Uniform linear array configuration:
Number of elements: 48
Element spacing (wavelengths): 0.25
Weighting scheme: blackman
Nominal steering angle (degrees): -45
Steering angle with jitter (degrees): -44.327
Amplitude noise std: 0.05
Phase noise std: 0.05

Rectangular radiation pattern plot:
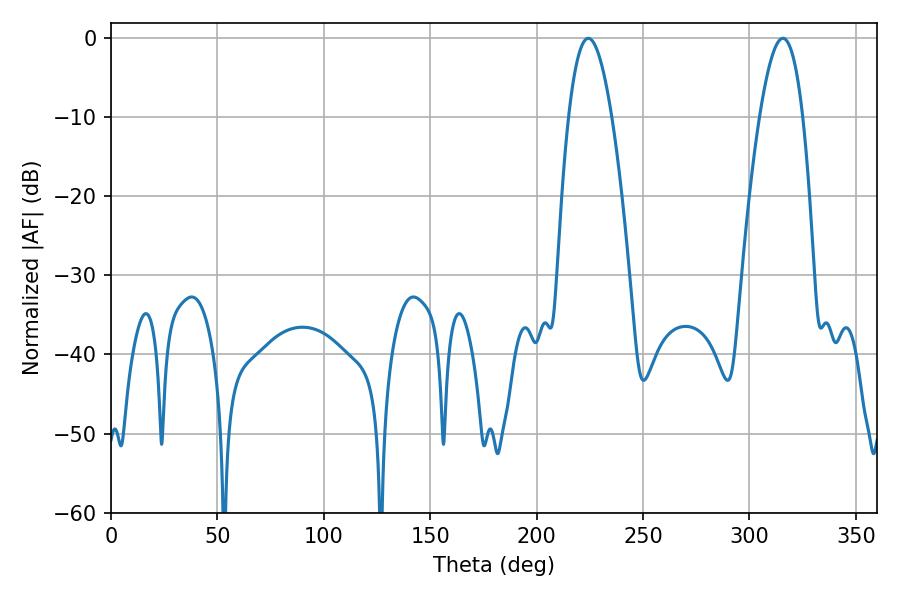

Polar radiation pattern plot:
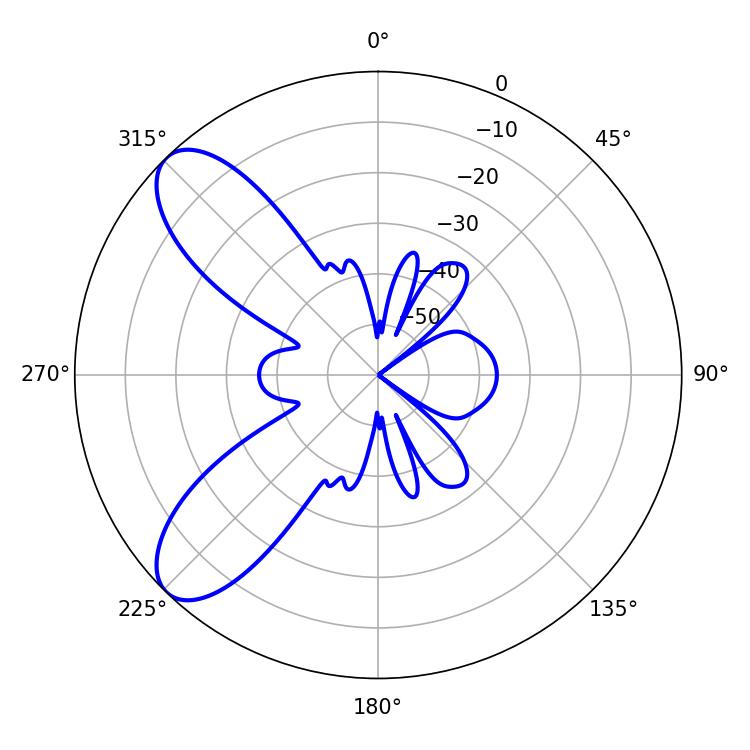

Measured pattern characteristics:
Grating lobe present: FALSE
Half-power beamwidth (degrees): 10.98
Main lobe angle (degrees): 224.28